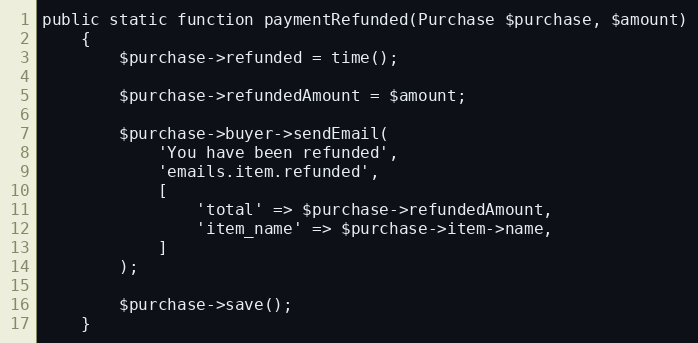
Language: PHP
public static function paymentRefunded(Purchase $purchase, $amount)
    {
        $purchase->refunded = time();

        $purchase->refundedAmount = $amount;

        $purchase->buyer->sendEmail(
            'You have been refunded',
            'emails.item.refunded',
            [
                'total' => $purchase->refundedAmount,
                'item_name' => $purchase->item->name,
            ]
        );

        $purchase->save();
    }